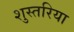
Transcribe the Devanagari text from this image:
शुस्तरिया